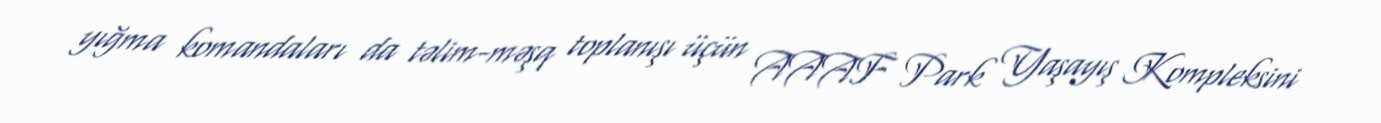
yığma komandaları da təlim-məşq toplanışı üçün AAAF Park Yaşayış Kompleksini